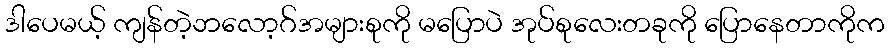
ဒါပေမယ့် ကျန်တဲ့ဘလော့ဂ်အများစုကို မပြောပဲ အုပ်စုလေးတခုကို ပြောနေတာကိုက